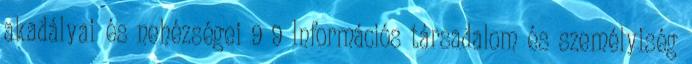
akadályai és nehézségei 9 9 Információs társadalom és személyiség